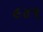
૯૪૧